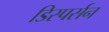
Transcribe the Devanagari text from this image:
डिस्पर्सन